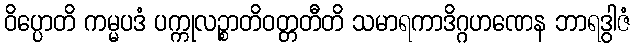
ဝိပ္ပောတိ ကမ္မပဒံ ပက္ကုလဉ္စာတိဝတ္တတီတိ သမာရကာဒိဂ္ဂဟဏေန ဘာရဒွါဇံ